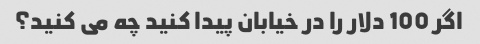
اگر 100 دلار را در خیابان پیدا کنید چه می کنید؟